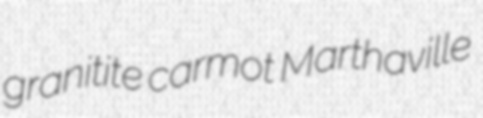
granitite carmot Marthaville